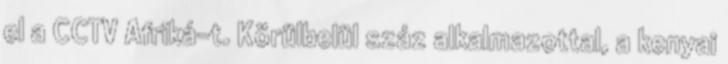
el a CCTV Afriká-t. Körülbelül száz alkalmazottal, a kenyai